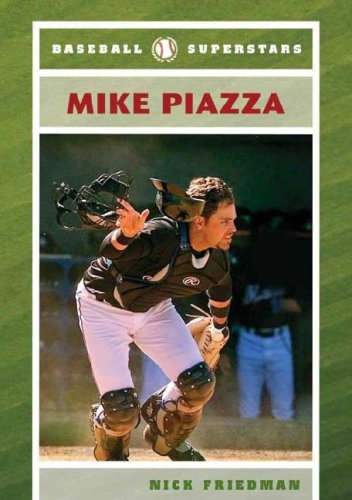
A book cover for Mike Piazza (Baseball Superstars); Nick Friedman; Teen & Young Adult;